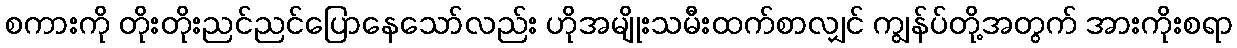
စကားကို တိုးတိုးညင်ညင်ပြောနေသော်လည်း ဟိုအမျိုးသမီးထက်စာလျှင် ကျွန်ပ်တို့အတွက် အားကိုးစရာ